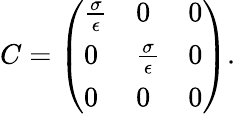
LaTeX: C=\left({\begin{array}{lll}{{\frac{\sigma}{\epsilon}}}&{0}&{0}\\ {0}&{{\frac{\sigma}{\epsilon}}}&{0}\\ {0}&{0}&{0}\end{array}}\right).